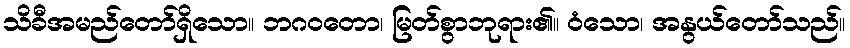
သိခီအမည်တော်ရှိသော။ ဘဂဝတော၊ မြတ်စွာဘုရား၏။ ဝံသော၊ အနွယ်တော်သည်။